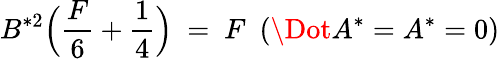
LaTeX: B^{*2}\Big(\frac{F}{6}+\frac{1}{4}\Big)\ =\ F\ \ (\Dot{A^{*}}=A^{*}=0)